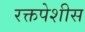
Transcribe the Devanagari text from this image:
रक्तपेशीस